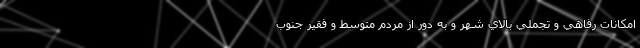
امكانات رفاهي و تجمليِ بالاي شهر و به دور از مردم متوسط و فقير جنوب